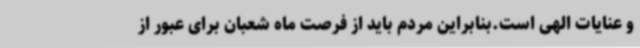
و عنایات الهی است.بنابراین مردم باید از فرصت ماه شعبان برای عبور از